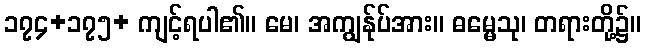
၁၇၄+၁၇၅+ ကျင့်ရပါ၏။ မေ၊ အကျွန်ုပ်အား။ ဓမ္မေသု၊ တရားတို့၌။